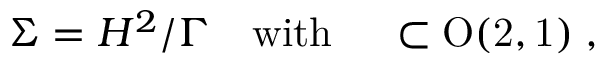
\Sigma = H ^ { 2 } / \Gamma { \quad } \mathrm { { w i t h \quad } \Gamma \subset O ( 2 , 1 ) \; , }